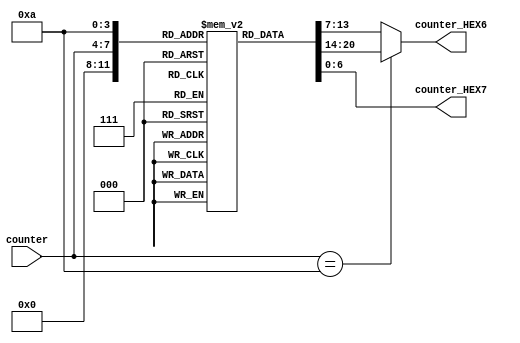


module display_clock(counter, counter_HEX6, counter_HEX7);
	input [3:0] counter;
	output [6:0] counter_HEX6;
	output [6:0] counter_HEX7;
	
	
	reg [6:0] TC4Mag [0:10];
	
	initial
	begin
	 TC4Mag[0] = 7'b1000000;
	 TC4Mag[1] = 7'b1111001;
	 TC4Mag[2] = 7'b0100100;
	 TC4Mag[3] = 7'b0110000;
	 TC4Mag[4] = 7'b0011001;
	 TC4Mag[5] = 7'b0010010;
	 TC4Mag[6] = 7'b0000010;
	 TC4Mag[7] = 7'b1111000;
	 TC4Mag[8] = 7'b0000000;
	 TC4Mag[9] = 7'b0010000;
	 TC4Mag[10] = 7'b1111111; // whole HEX is off
	end
	
	wire counter_equal_ten = counter == 4'b1010;
	
	assign counter_HEX6 = (counter_equal_ten) ? TC4Mag[0] : TC4Mag[counter];
	assign counter_HEX7 = TC4Mag[10];


endmodule